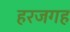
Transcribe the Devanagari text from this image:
हरजगह